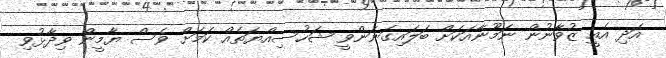
އަދި އެއީ ޒުވާނުން ނަމޫނާއަކަށް ބަލައިގަނަންވީ ޝަހުސިއްޔަތެއް ކަމަށް ވެސް ޔާމީން ވިދާޅުވި